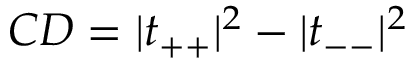
C D = | t _ { + + } | ^ { 2 } - | t _ { -- } | ^ { 2 }